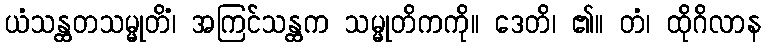
ယံသန္ထတသမ္မုတိံ၊ အကြင်သန္ထက သမ္မုတိကကို။ ဒေတိ၊ ၏။ တံ၊ ထိုဂိလာန